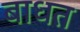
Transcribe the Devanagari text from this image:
बाधत